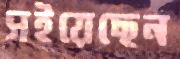
সইয়েছেন